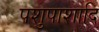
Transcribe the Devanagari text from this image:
पशुपाशादि